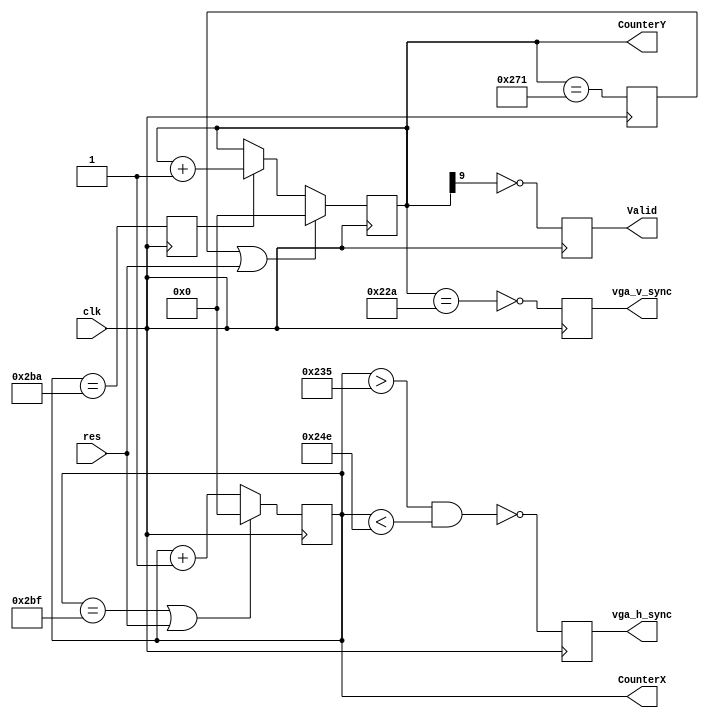
// ==================================================================================
// BK in FPGA
// ----------------------------------------------------------------------------------
//
// A BK-0010 FPGA Replica
//
// This project is a work of many people. See file README for further information.
//
// Based on the original BK-0010 code by Alex Freed.
// ==================================================================================

// This implementation supports a 25MHz clock
// 
// 
// CounterX[10:0] - current pixel's Xposition. [0...1287]
// CounterY[9:0]  - current pixel's Yposition. [0...479 ]
// Valid        - asserted when visible rectangle is being drawn.
module sync_gen25 (clk, res, CounterX, CounterY, Valid, vga_h_sync, vga_v_sync);
    input clk;
    input res;
    output Valid, vga_h_sync, vga_v_sync;
    output [9:0] CounterY;
    output [9:0] CounterX;
        
    reg [9:0] CounterY;
    reg [9:0] CounterX;
   //reg          ResetCntX;
   
        reg       EnableCntY, ResetCntY;
    reg Valid, vga_h_sync, vga_v_sync;
        wire     ResetCntX;


   //assign   ResetCntX  = (CounterX[9:0] == 699); // this is fine but isn't a multiply of 16
   assign   ResetCntX  = (CounterX[9:0] == 703);   // 704 is 
   
//Counters
always @ (posedge clk) begin
   if (ResetCntX | res) CounterX[9:0] <= 10'b0;
   else CounterX[9:0] <= CounterX[9:0] + 1;
   
   if (ResetCntY | res) CounterY[9:0] <= 10'b0;
   else if (EnableCntY) CounterY[9:0] <= CounterY + 1;
   else CounterY[9:0] <= CounterY[9:0]; 
end

//Synchronizer controller    
always @(posedge clk )
  begin 
   //  ResetCntX    <= (CounterX[9:0] == 799); 
     EnableCntY <= (CounterX[9:0] == 698); 
     ResetCntY  <= (CounterY[9:0] == 625);
  end

//signal synchronizer
always @(posedge clk)
  begin
     vga_h_sync <= ~((CounterX > 565) && (CounterX < 590));
     vga_v_sync <= ~(CounterY == 554);
    // Valid    <=  (CounterX  < 512) && (CounterX  != 0) && (CounterY < 511 );
     Valid  <=  ~CounterY[9];
  end
endmodule // sync_gen25


module shifter(clk25,color,R,G,B,valid,data,x,load_i);
   input clk25,color,valid;

   input [15:0] data;
   input  [9:0] x;
   
   
   output   R,G,B;
   input    load_i;   
   
   reg      R,G,B;

   reg [15:0]   shiftreg;

   reg [1:0] colorbits;
   /*
   reg active_pixel;
  
   always @(negedge clk25) begin   
    if(load_i == 1) begin
        if(x == 0)
            active_pixel <= 1;
        else if(x[9])
             active_pixel <= 0;
    end
   end
   */
   wire active_pixel = ~x[9];

    always @(posedge clk25) begin
        if(load_i == 1) begin
            if(active_pixel)
                shiftreg <= data;
            else
                shiftreg <= 0;
        end 
        else 
            shiftreg <= {1'b0, shiftreg[15:1]};

        if(color) begin
            case (colorbits)
            2'b01: begin 
                     R <= 0;
                     B <= 1;
                     G <= 0;
                    end

            2'b10: begin
                     R <= 0;
                     B <= 0;
                     G <= 1;
                    end

            2'b11: begin
                     R <= 1;
                     B <= 0;
                     G <= 0;
                    end

            default: begin // 00
                      R <= 0;
                      B <= 0;
                      G <= 0;
                    end
            endcase // case(colorbits)
        end // if (color)
        else begin
            R <= shiftreg[0];
            G <= shiftreg[0];
            B <= shiftreg[0];
        end // else: !if(color)
    end

    always @(posedge clk25) begin
        if(color & x[0])  begin
            colorbits <= shiftreg[1:0];
        end
    end
endmodule